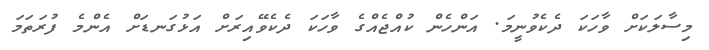
މިސާލަކަށް ވާހަކަ ދެކެވުނީމަ. އަންހެން ކުއްޖެއްގެ ވާހަކަ ދެކެވޭއިރަށް އަޅުގަނޑަށް އެންމެ ފުރަތަމަ